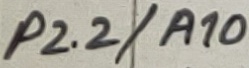
Text: P2.2/A10